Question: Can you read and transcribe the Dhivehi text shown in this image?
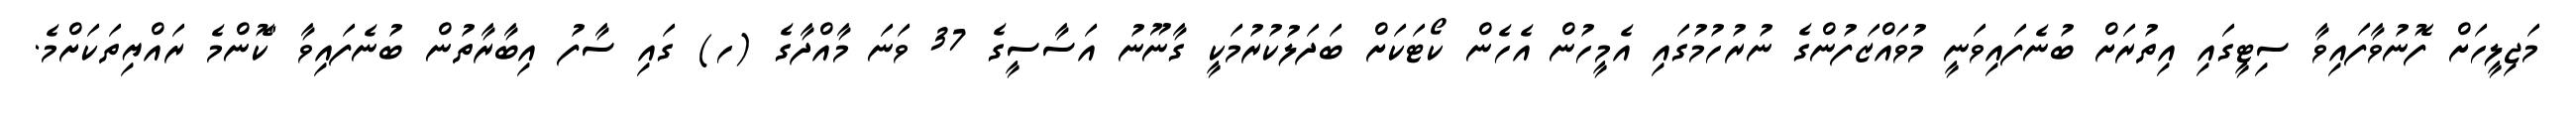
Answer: މަޖިލީހަށް ފޮނުވާފައިވާ ސިޓީގައި އިތުރަށް ބުނެފައިވަނީ މުވައްޒަފުންގެ ނުރުހުމުގައި އެމީހުން އެހެން ކޯޓަކަށް ބަދަލުކުރުމަކީ ގާނޫނު އަސާސީގެ 37 ވަނަ މާއްދާގެ (ހ) ގައި ސާފު އިބާރާތުން ބުނެފައިވާ "ކޮންމެ ރައްޔިތަކަށްމެ.